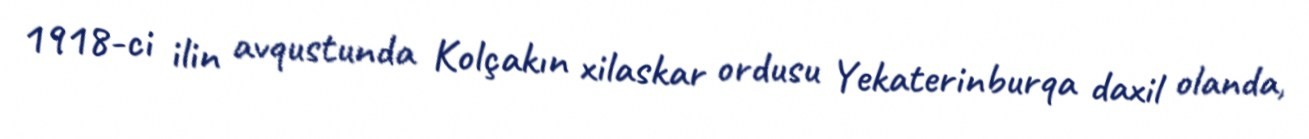
1918-ci ilin avqustunda Kolçakın xilaskar ordusu Yekaterinburqa daxil olanda,